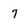
Character: 7